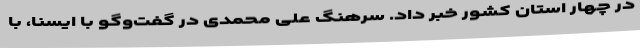
در چهار استان کشور خبر داد. سرهنگ علی محمدی در گفت‌وگو با ایسنا، با